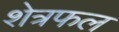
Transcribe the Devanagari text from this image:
शेत्रफल